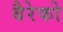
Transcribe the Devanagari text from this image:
बैरेको